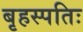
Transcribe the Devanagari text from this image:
बृहस्पतिः